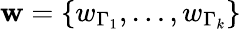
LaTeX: \mathbf{w}=\{ w_{\Gamma_{1}},\dots,w_{\Gamma_{k}}\}